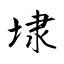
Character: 埭